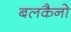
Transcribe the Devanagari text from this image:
बलकैनो